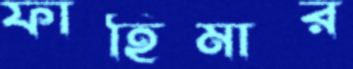
ফাহিমার